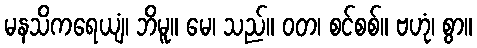
မနသိကရေယျံ၊ ဘိမူ။ မေ၊ သည်။ ဝတ၊ စင်စစ်။ ဗဟုံ၊ စွာ။